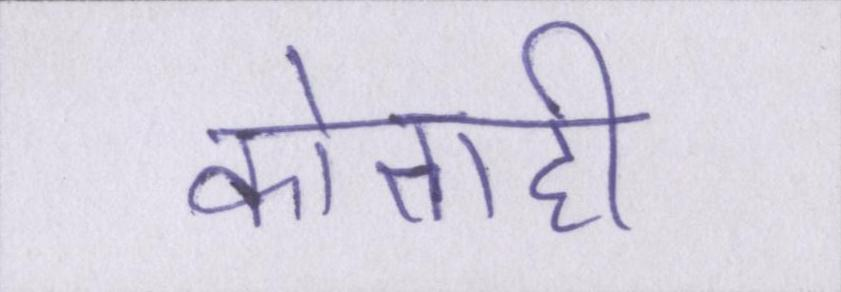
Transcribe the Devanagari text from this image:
कोताही